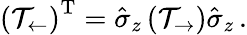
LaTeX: \left(\mathcal{T}_{\leftarrow}\right)^{\mathrm{T}}=\hat{\sigma}_{z}\left(\mathcal{T}_{\rightarrow}\right)\hat{\sigma}_{z}\, .